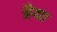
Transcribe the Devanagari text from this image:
ब्रैया